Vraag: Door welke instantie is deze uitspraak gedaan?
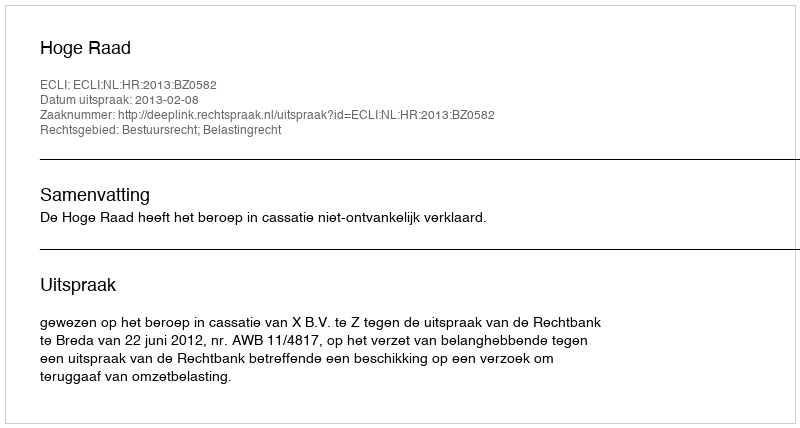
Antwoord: Hoge Raad